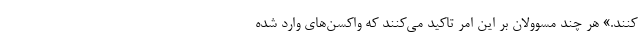
کنند.» هر چند مسوولان بر این امر تاکید می‌کنند که واکسن‌های وارد شده